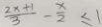
\frac { 2 x + 1 } { 3 } - \frac { x } { 2 } \leq 1